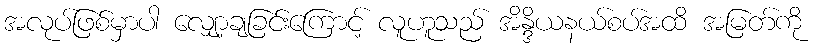
အလုပ်ဖြစ်မှာပါ လျှော့ချခြင်းကြောင့် လူဟူသည် အိန္ဒိယနယ်စပ်အထိ အမြတ်ကို